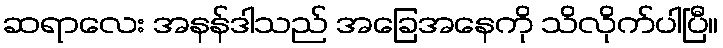
ဆရာလေး အနန်ဒါသည် အခြေအနေကို သိလိုက်ပါပြီ။